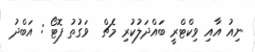
ނިއު އާއި ވިކްޓްރީ ބައްދަލުކުރި މެޗް  ވަގުތު ފޮޓޯ : އަބްދު